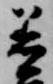
着